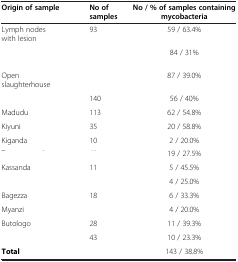
<table><thead><tr><td><b>Origin of sample</b></td><td><b>No of samples</b></td><td><b>No / % of samples containing mycobacteria</b></td></tr></thead><tbody><tr><td>Lymph nodes with lesion</td><td>93</td><td>59 / 63.4%</td></tr><tr><td>[EMPTY_CELL]</td><td>[EMPTY_CELL]</td><td>84 / 31%</td></tr><tr><td>Open slaughterhouse</td><td>[EMPTY_CELL]</td><td>87 / 39.0%</td></tr><tr><td>[EMPTY_CELL]</td><td>140</td><td>56 / 40%</td></tr><tr><td>Madudu</td><td>113</td><td>62 / 54.8%</td></tr><tr><td>Kiyuni</td><td>35</td><td>20 / 58.8%</td></tr><tr><td>Kiganda</td><td>10</td><td>2 / 20.0%</td></tr><tr><td>[EMPTY_CELL]</td><td>[EMPTY_CELL]</td><td>19 / 27.5%</td></tr><tr><td>Kassanda</td><td>11</td><td>5 / 45.5%</td></tr><tr><td>[EMPTY_CELL]</td><td>[EMPTY_CELL]</td><td>4 / 25.0%</td></tr><tr><td>Bagezza</td><td>18</td><td>6 / 33.3%</td></tr><tr><td>Myanzi</td><td>[EMPTY_CELL]</td><td>4 / 20.0%</td></tr><tr><td>Butologo</td><td>28</td><td>11 / 39.3%</td></tr><tr><td>[EMPTY_CELL]</td><td>43</td><td>10 / 23.3%</td></tr><tr><td><b>Total</b></td><td>[EMPTY_CELL]</td><td>143 / 38.8%</td></tr></tbody></table>